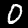
Digit: 0